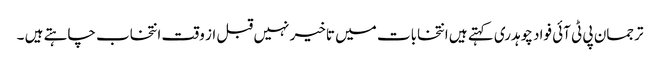
ترجمان پی ٹی آئی فواد چوہدری کہتے ہیں انتخابات میں تاخیر نہیں قبل از وقت انتخاب چاہتے ہیں ۔